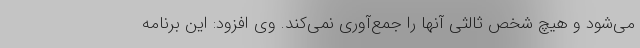
می‌شود و هیچ شخص ثالثی آنها را جمع‌آوری نمی‌کند. وی افزود: این برنامه